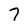
Character: 7